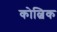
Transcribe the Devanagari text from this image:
कोल्विक